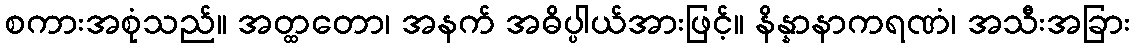
စကားအစုံသည်။ အတ္ထတော၊ အနက် အဓိပ္ပါယ်အားဖြင့်။ နိန္နာနာကရဏံ၊ အသီးအခြား